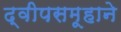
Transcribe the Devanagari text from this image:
द्वीपसमूहाने